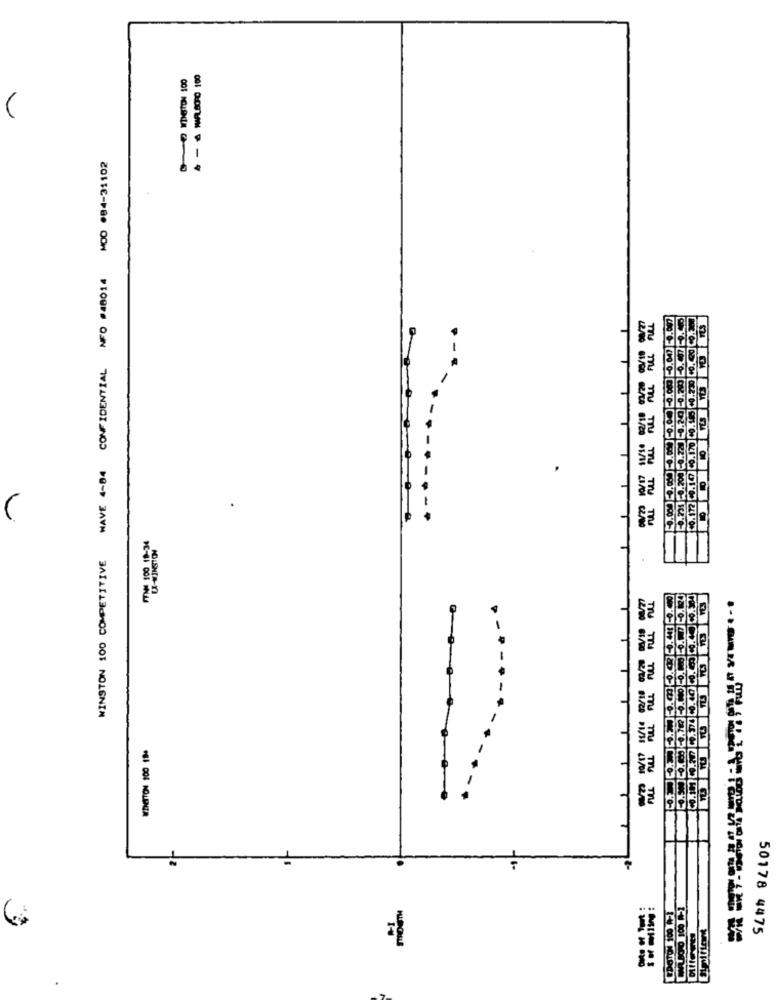
----
WINSTON 100 COMPETITIVE WAVE 4-84 CONFIDENTIAL NFO #40014
L
-
8
50178 4475